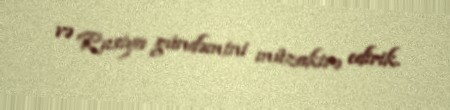
və Rusiya gündəmini müzakirə edirik.